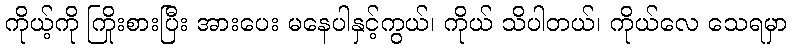
ကိုယ့်ကို ကြိုးစားပြီး အားပေး မနေပါနှင့်ကွယ်၊ ကိုယ် သိပါတယ်၊ ကိုယ်လေ သေရမှာ